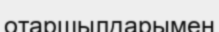
отаршылдарымен